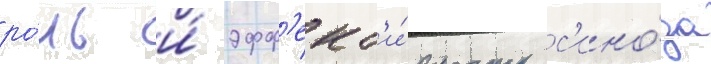
ро́ль и́ эфф'ект'и́вность с'ино́да